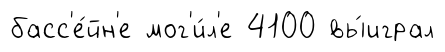
басс'е́йн'е мог'и́л'е 4100 вы́играл